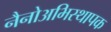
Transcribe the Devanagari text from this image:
नैनोअभिस्थापक